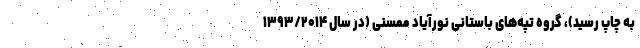
به چاپ رسید)، گروه تپه‌های باستانی نورآیاد ممسنی (در سال ۱۳۹۳/۲۰۱۴